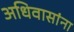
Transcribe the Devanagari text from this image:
अधिवासांना